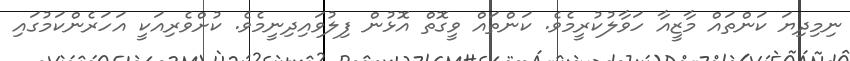
ނިމިދިޔަ ކަންތައް މާޒީއާ ހަވާލުކުރީމެވެ. ކަންތައް ވީގޮތް އޮޅުން ފިލުވައިދިނީމެވެ. ކުށްވެރިއަކީ އަހަރެންކަމުގައި